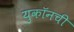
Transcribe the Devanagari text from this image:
युकॉनची